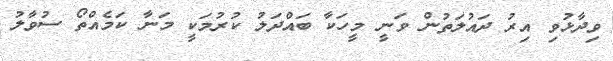
ވިދާޅުވި އިރު ދައުލަތުން ވަނީ މީހަކާ ބައްދަލު ކުރުމަކީ މަނާ ކަމެއްތޯ ސުވާލު